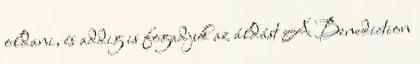
oldani, és addig is fogadjuk az áldást A Benediction